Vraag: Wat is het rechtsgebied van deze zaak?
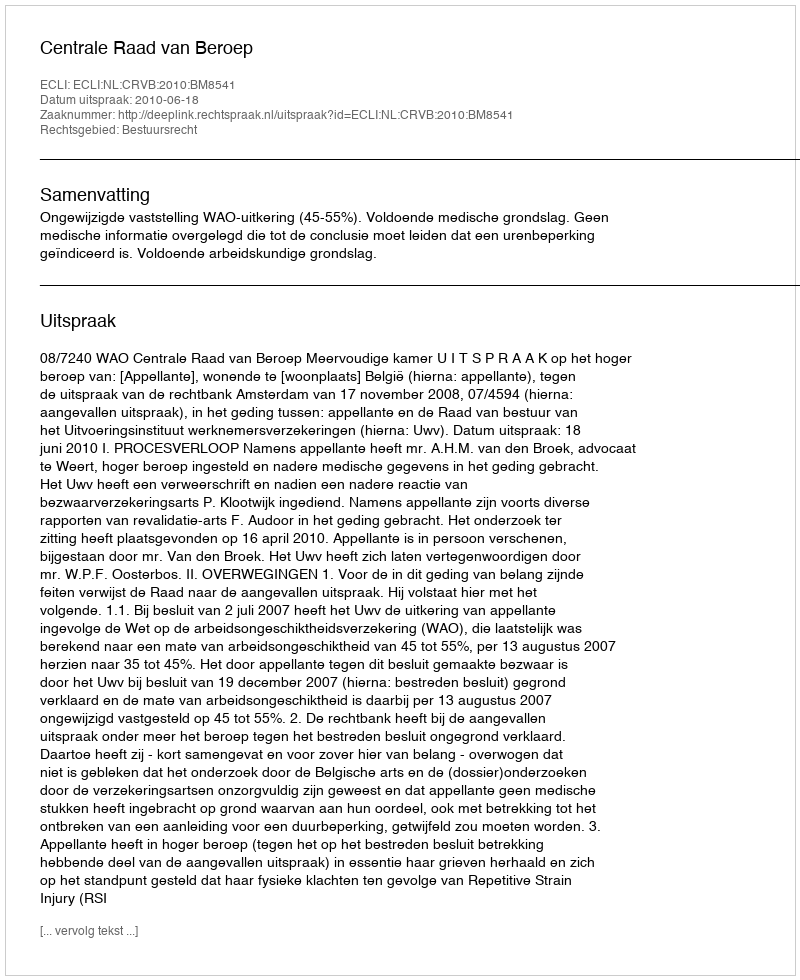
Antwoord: Bestuursrecht